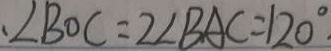
\angle B O C = 2 \angle B A C = 1 2 0 ^ { \circ }